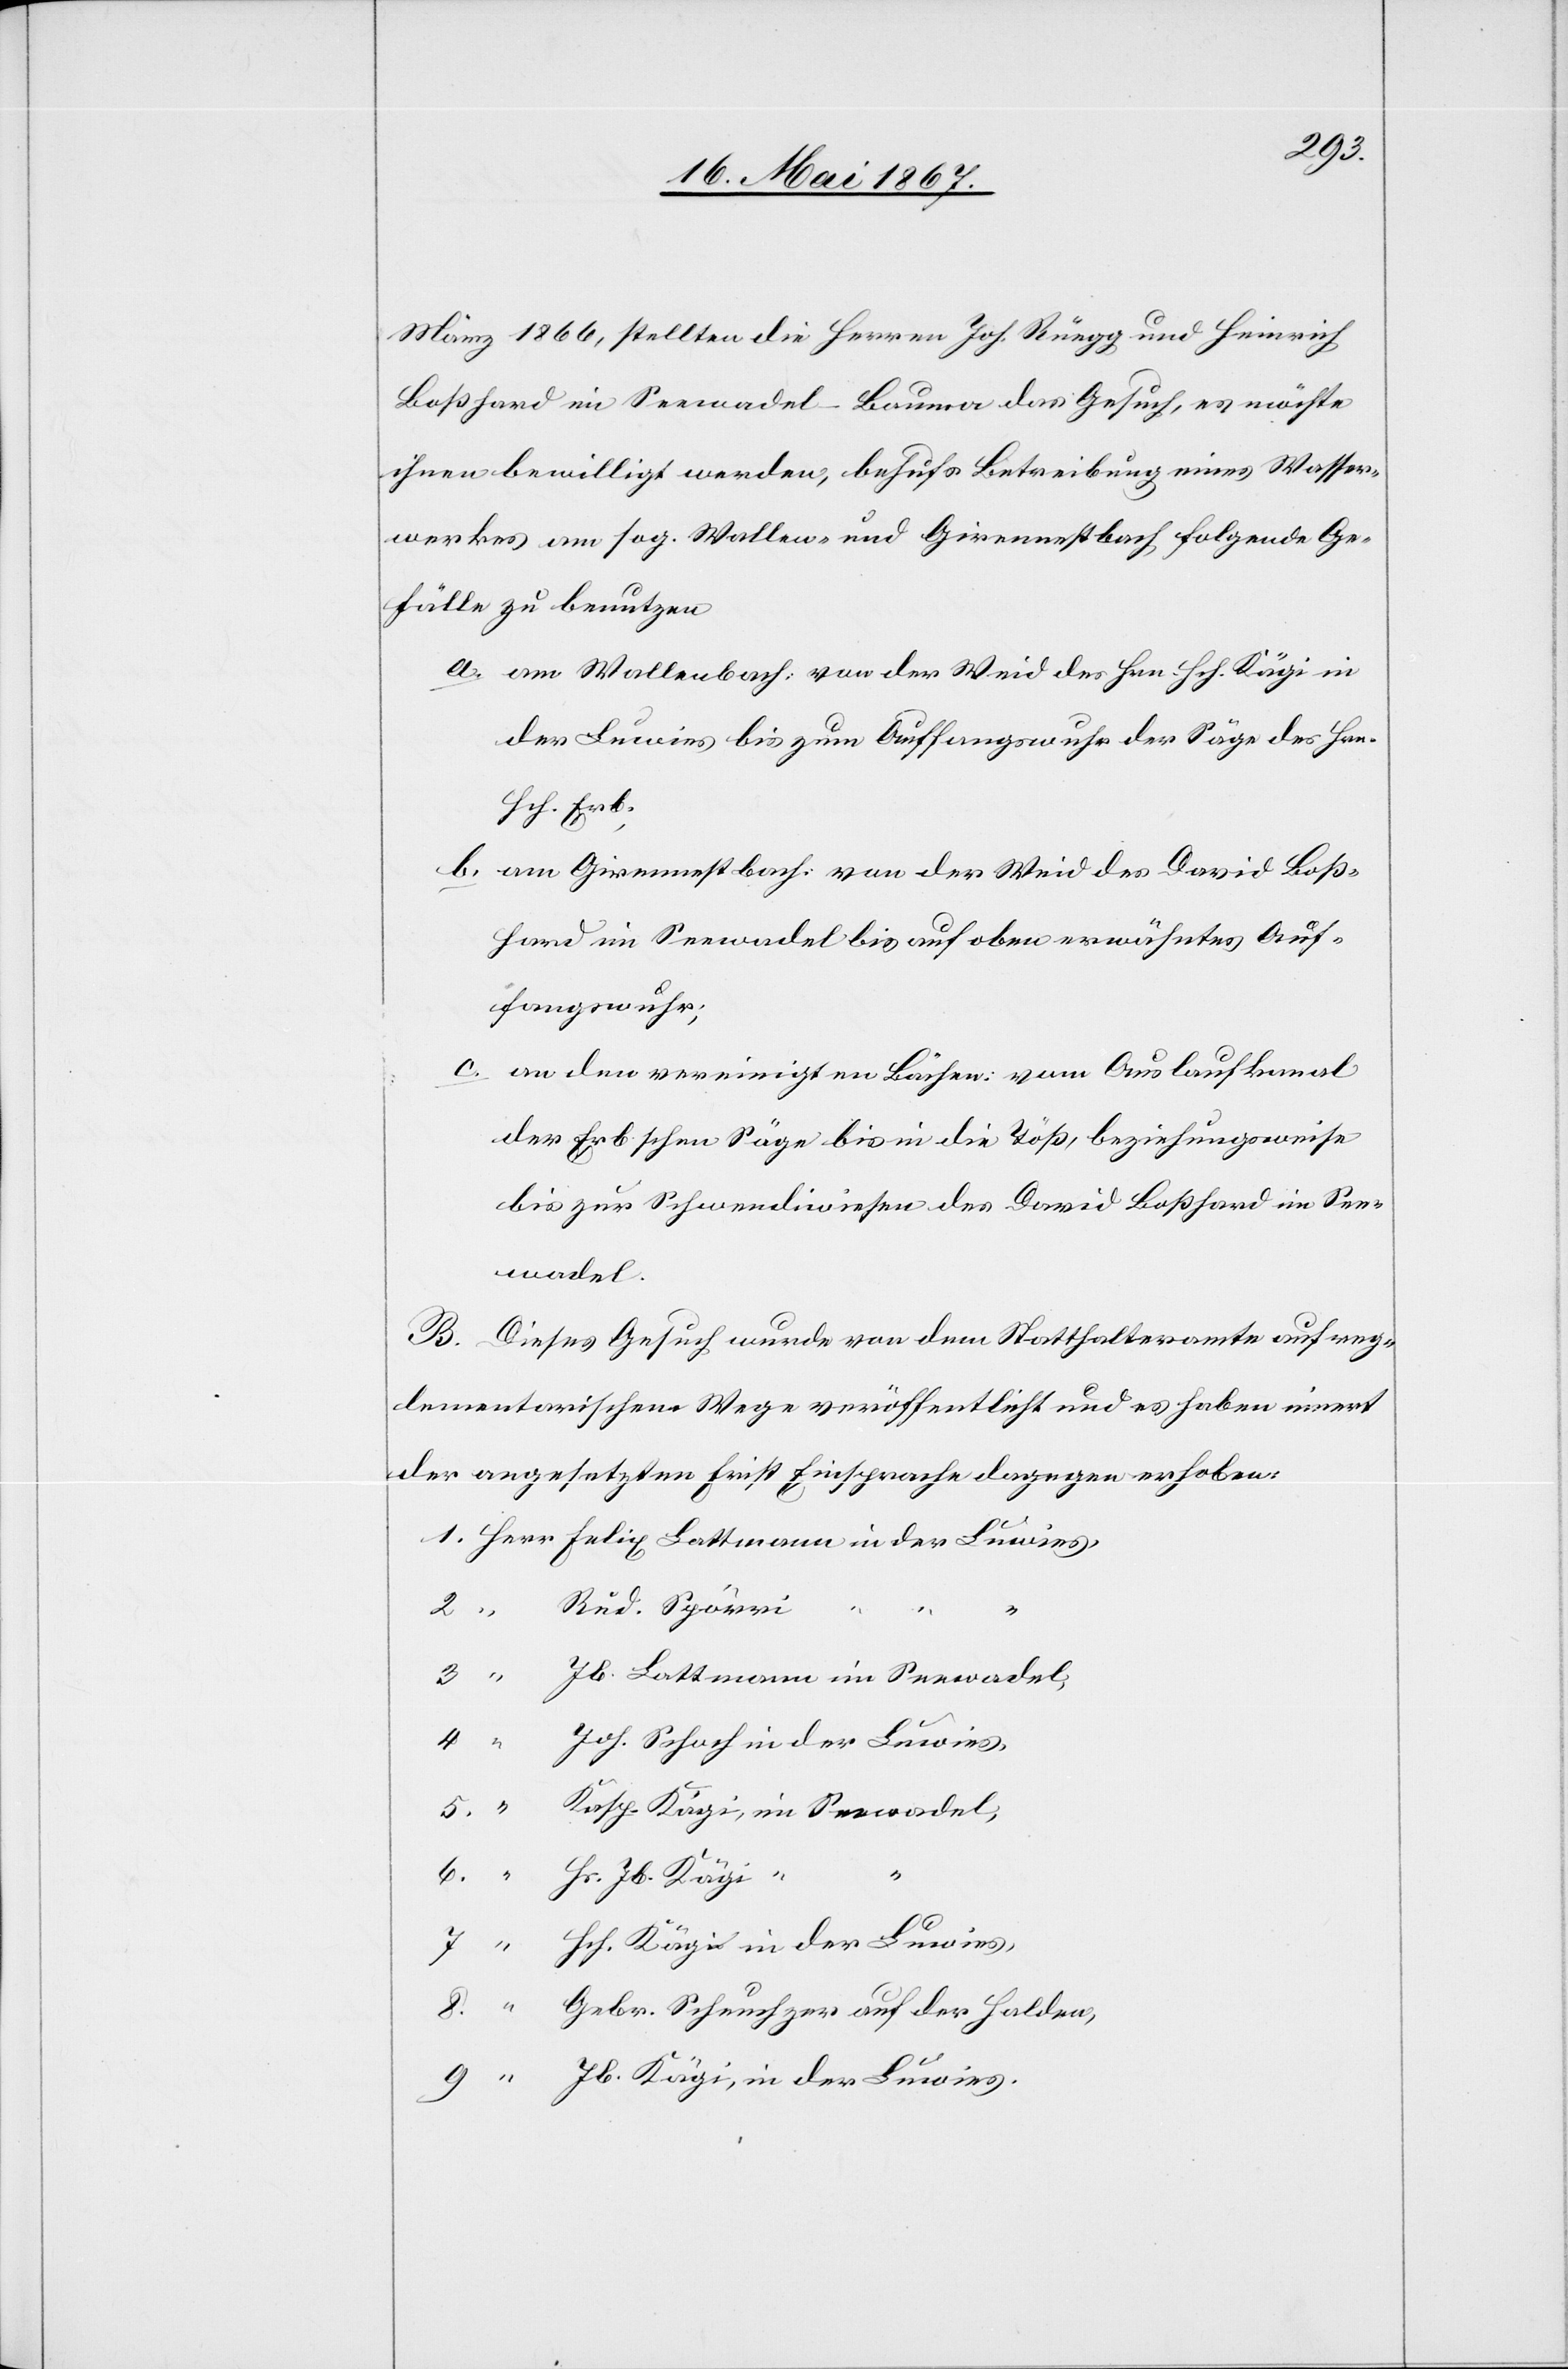
9.
März 1866, stellten die Herren Joh. Rüegg und Heinrich
Boßhard im Seewadel-Bauma das Gesuch, es möchte
ihnen bewilligt werden, behufs Betreibung eines Wasser¬
werkes am sog. Wallen- und Girennestbach folgende Ge¬
fälle zu benutzen
a.	am Wallenbach von der Weid des Hrn. Hch. Kägi in
der Luwies bis zum Auffangswuhr der Säge des Hrn.
Hch. Erb;
b.	am Girennestbach: von der Weid des David Boß¬
hard im Seewadel bis auf oben erwähntes Auf¬
fangswuhr:
c.	an den vereinigten Bächen: vom Auslaufkanal
der Erb schen Säge bis in die Töß, beziehungsweise
bis zur Schwendiwiesen des David Boßhard in See¬
Seewadel
B. Dieses Gesuch wurde von dem Statthalteramte auf reg¬
lementarischem Wege veröffentlicht und es haben innert
der angesetzten Frist Einsprache dagegen erhoben:
8.
7.